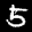
Label: 5